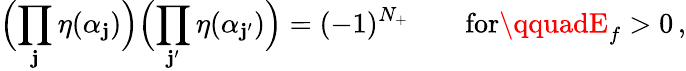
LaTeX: \Bigl(\prod_{\mathbf{j}}\eta(\alpha_{\mathbf{j}})\Bigr)\Bigl(\prod_{\mathbf{j}^{\prime}}\eta(\alpha_{\mathbf{j}^{\prime}})\Bigr)=(-1)^{N_{+}}\qquad\mathrm{{for}}\qquadE_{f}>0\, ,